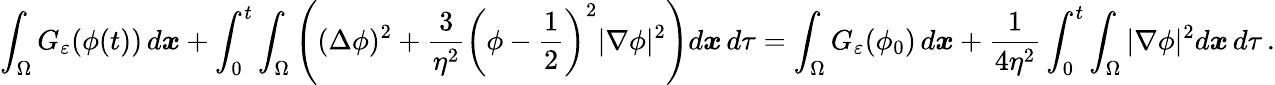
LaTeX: \int_{\Omega}G_{\varepsilon}(\phi(t))\, d\boldsymbol x+\int_{0}^{t}\int_{\Omega}\left((\Delta\phi)^{2}+\frac 3{\eta^{2}}\left(\phi-\frac 12\right)^{2}|\nabla\phi|^{2}\right)d\boldsymbol x\, d\tau=\int_{\Omega}G_{\varepsilon}(\phi_{0})\, d\boldsymbol x+\frac 1{4\eta^{2}}\int_{0}^{t}\int_{\Omega}|\nabla\phi|^{2}d\boldsymbol x\, d\tau\, .